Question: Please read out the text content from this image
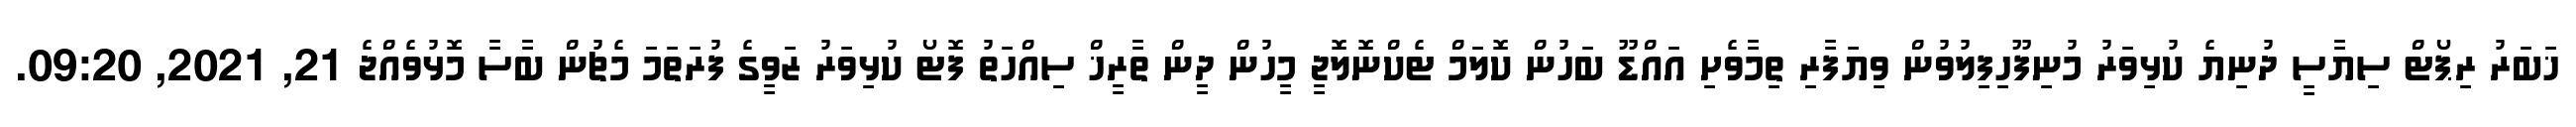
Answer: ޚަބަރު ރިޕޯޓް ސިޔާސީ ދުނިޔެ ކުޅިވަރު މުނިފޫހިފިލުވުން ވިޔަފާރި ތިމާވެށި އައްޑޫ ބަހުން ކޮލަމް ޓެކްނޮލޮޖީ މީހުން ދީން ތާރީޚް ސިއްހަތު ފޮޓޯ ކުޅިވަރު ޒަވީގެ ފުރަތަމަ މެޗުން ބާސާ މޮޅުވެއްޖެ 21, 2021, 09:20.